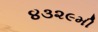
૪૩૨૯મી